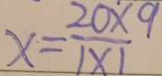
x = \frac { 2 0 \times 9 } { 1 \times 1 }